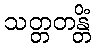
သတ္တတန္တိံ